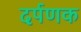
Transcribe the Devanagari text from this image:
दर्पणक